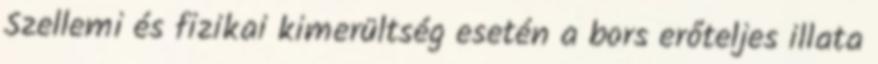
Szellemi és fizikai kimerültség esetén a bors erőteljes illata